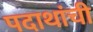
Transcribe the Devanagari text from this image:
पदाथांची